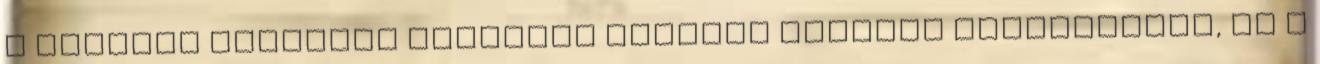
A második filmemet Szalóczi Gézával közösen készítettük, az ő